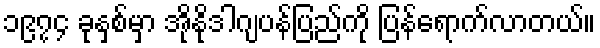
၁၉၇၄ ခုနှစ်မှာ အိုနိုဒါဂျပန်ပြည်ကို ပြန်ရောက်လာတယ်။